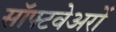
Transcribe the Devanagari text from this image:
सॉफ्टवेअरों